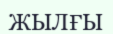
ЖЫЛҒЫ